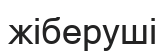
жіберуші